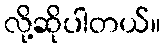
လို့ဆိုပါတယ်။